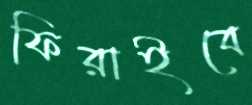
ফিরাইবে